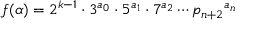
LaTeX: f ( \alpha ) = 2 ^ { k - 1 } \cdot 3 ^ { a _ { 0 } } \cdot 5 ^ { a _ { 1 } } \cdot 7 ^ { a _ { 2 } } \cdots { p _ { n + 2 } } ^ { a _ { n } }